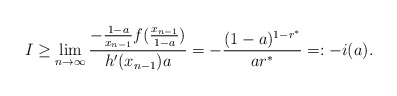
\begin{align*}I & \geq \lim_{n\to\infty}\frac{-\frac{1-a}{x_{n-1}}f(\frac{x_{n-1}}{1-a})}{h'(x_{n-1})a}=-\frac{(1-a)^{1-r^\ast}}{ar^\ast}=:-i(a).\end{align*}